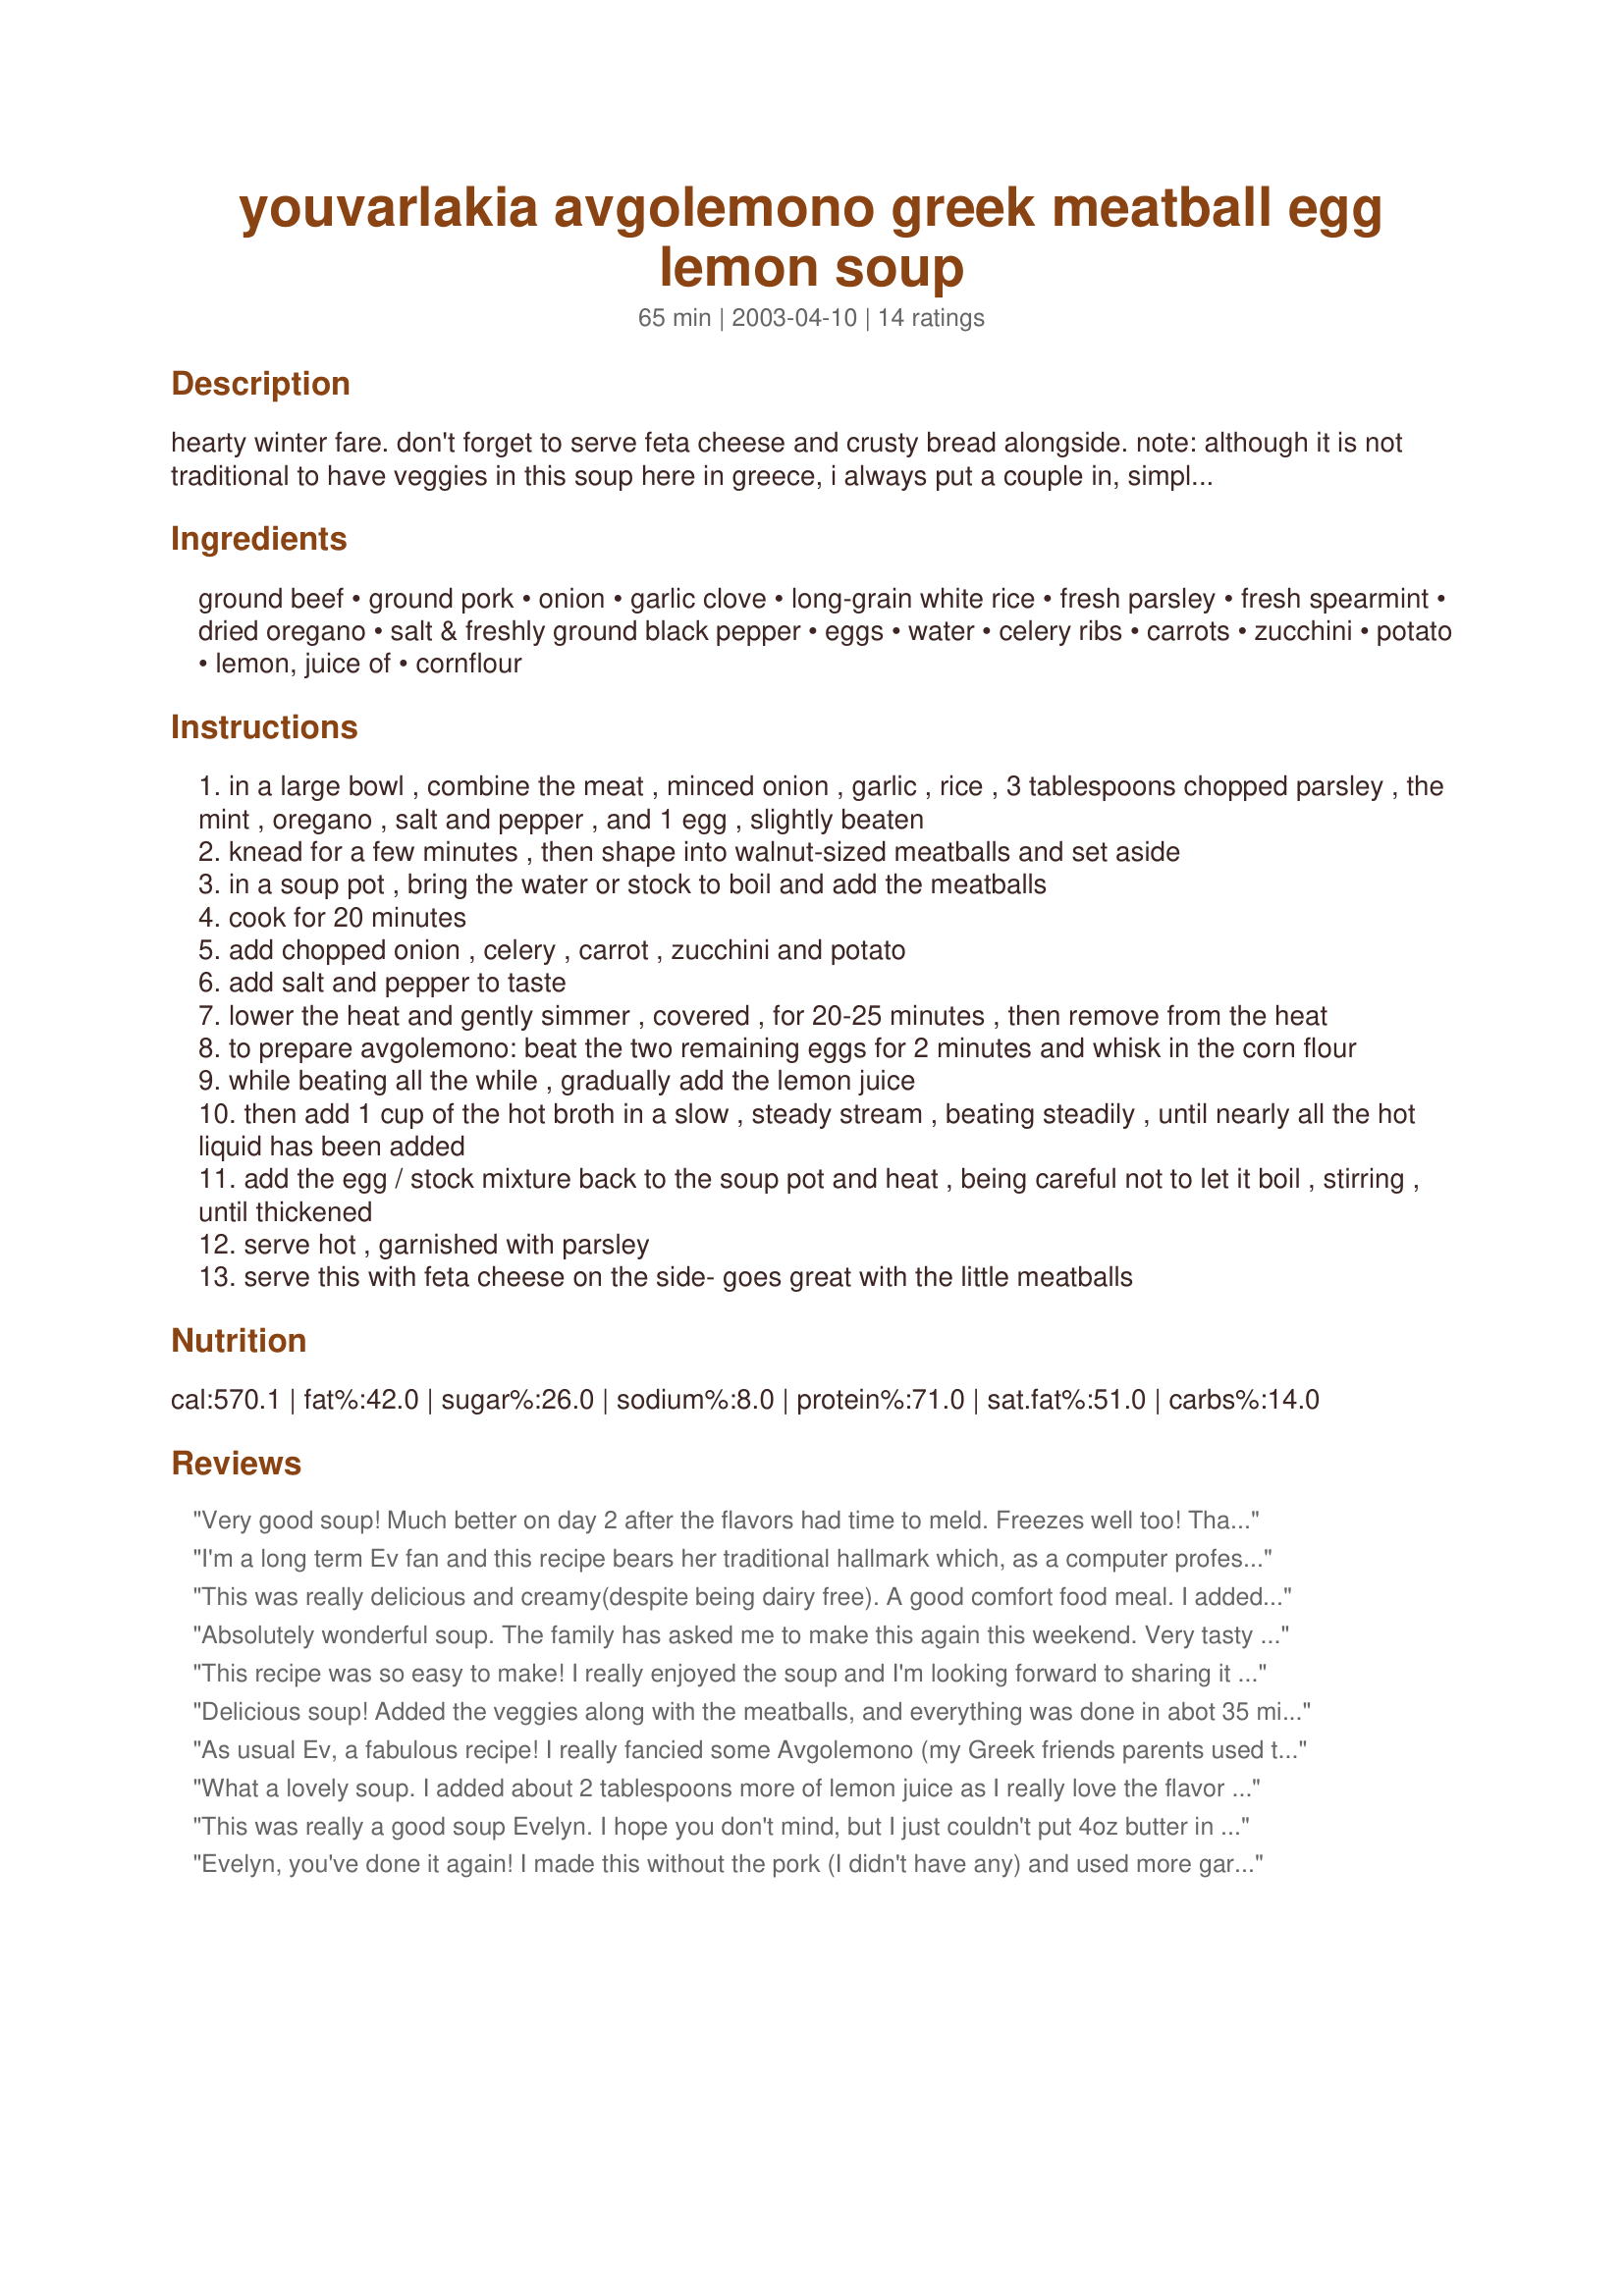
youvarlakia avgolemono greek meatball egg lemon soup
Preparation time: 65 minutes

hearty winter fare. don't forget to serve feta cheese and crusty bread alongside. note: although it is not traditional to have veggies in this soup here in greece, i always put a couple in, simply because they taste good. i have carrot and potato on the ingredient list here, but i also often use some minced celery and maybe a smallish zucchini.

Ingredients:
ground beef, ground pork, onion, garlic clove, long-grain white rice, fresh parsley, fresh spearmint, dried oregano, salt & freshly ground black pepper, eggs, water, celery ribs, carrots, zucchini, potato, lemon, juice of, cornflour

Steps:
in a large bowl , combine the meat , minced onion , garlic , rice , 3 tablespoons chopped parsley , the mint , oregano , salt and pepper , and 1 egg , slightly beaten
knead for a few minutes , then shape into walnut-sized meatballs and set aside
in a soup pot , bring the water or stock to boil and add the meatballs
cook for 20 minutes
add chopped onion , celery , carrot , zucchini and potato
add salt and pepper to taste
lower the heat and gently simmer , covered , for 20-25 minutes , then remove from the heat
to prepare avgolemono: beat the two remaining eggs for 2 minutes and whisk in the corn flour
while beating all the while , gradually add the lemon juice
then add 1 cup of the hot broth in a slow , steady stream , beating steadily , until nearly all the hot liquid has been added
add the egg / stock mixture back to the soup pot and heat , being careful not to let it boil , stirring , until thickened
serve hot , garnished with parsley
serve this with feta cheese on the side- goes great with the little meatballs

Reviews:
Very good soup! Much better on day 2 after the flavors had time to meld. Freezes well too! Thanks Evelyn:)
I'm a long term Ev fan and this recipe bears her traditional hallmark which, as a computer professional I really appreciate.. the directions are always crystal clear.. the algorithm is completely unambiguous.. thus the cook is never confused !!
I was used to doing youvarlakia with dill.. This was an interesting change.

Thanks Ev.. 6 dinner guests including my daughter are singing my ( your) praises..
This was really delicious and creamy(despite being dairy free). A good comfort food meal. I added some extra rice with the veggies to make the soup heartier since it was the main course. Thanks for a keeper, Evelyn!
Absolutely wonderful soup. The family has asked me to make this again this weekend. Very tasty and comforting. Thank you Evelyn for sharing.
This recipe was so easy to make! I really enjoyed the soup and I'm looking forward to sharing it with my family!
Delicious soup! Added the veggies along with the meatballs, and everything was done in abot 35 minutes. Loved the subtle lemon flavor (I used 2 lemons). Very comforting and refreshing soup on a rainy day. I served this with feta and fresh pear slices alongside. Thanks for a keeper!
As usual Ev, a fabulous recipe! I really fancied some Avgolemono (my Greek friends parents used to bring it to me at uni!) and after finding your recipe I wasn't disappointed! Even DH, who at first turned his nose up at the thought of egg in a soup, is a total convert! Thanks so much!
What a lovely soup. I added about 2 tablespoons more of lemon juice as I really love the flavor but otherwise followed the recipe as written. Thank you for sharing.
This was really a good soup Evelyn. I hope you don't mind, but I just couldn't put 4oz butter in it. I reduced that to 1oz. This is a very easy to make and tasty recipe.
Evelyn, you've done it again! I made this without the pork (I didn't have any) and used more garlic than you indicated. Otherwise, I followed your instructions. One person who said "No lemon in my soup" had it before I added the egg/lemon mixture--he loved it. I thought that the lemon mixture was like magic--it made the soup so creamy and just the right thickness, without making it heavy. A lovely soup. Thank you.
this was great ev, but i made a few changes:) i made my usual meatballs, made the soup with 6 c chicken stock, used 1/3 c arborio rice, i was out of long grain. simmered it for 30 minutes, didn't use cornstarch, just the eggs and lemon, it was delicious! served with fresh parsley garnish.
This soup is fantastic !!!! LOVE the flavors. Made as written, minus the pork and mint, didn't have it. I will be making this alot in the future. Thank you, Evelyn
Wonderful recipe!!! DH & I both loved this soup and it will be in my regular soup rotation. I did use 8 oz of frozen peas & carrots instead of fresh carrots. I added them towards the end of the vegetable cooking time. I garnished with pasley flakes and thin slices of a red pepper for color as you can see in my photo. I also found this very easy to prepare. Thank you Evelyn for sharing this recipe!!!
Very flavorful! The potatoes make it very thick and creamy. i used regular white flour and it came out just fine. next time i will use mint instead of dill. i dont care for dill. i think it needs a littlebit more lemon juice too.
